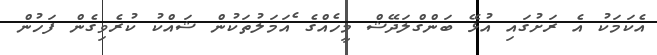
އެކަމަކު އެ ރަށުގައި އުޅޭ ބަންގްލަދޭޝް މީހެއްގެ ެއަމަލުތަކުން ޝައްކު ކުރެވިގެން ފަހުން